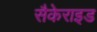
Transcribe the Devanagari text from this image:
सैकेराइड